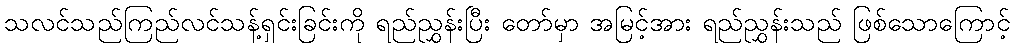
သလင်သည်ကြည်လင်သန့်ရှင်းခြင်းကို ရည်ညွှန်းပြီး တော်မှာ အမြင့်အား ရည်ညွှန်းသည် ဖြစ်သောကြောင့်